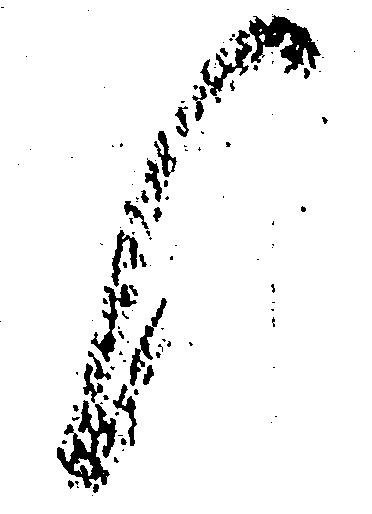
候